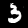
Label: 3